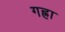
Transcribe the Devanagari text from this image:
गह्रा